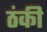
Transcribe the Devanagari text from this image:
ठंकी